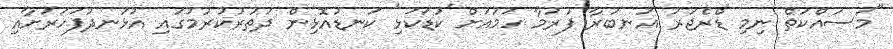
"މަސައްކަތް ނިމި ޑްރެޖަރު އަނބުރާ ފުުރުމާ ހަމައަށް 'ކުޑަކަޅި' ކަނޑުއޮޅިން ދަތުރުކުރުމުގައި އުޅަނދުފަހަރަށާއި